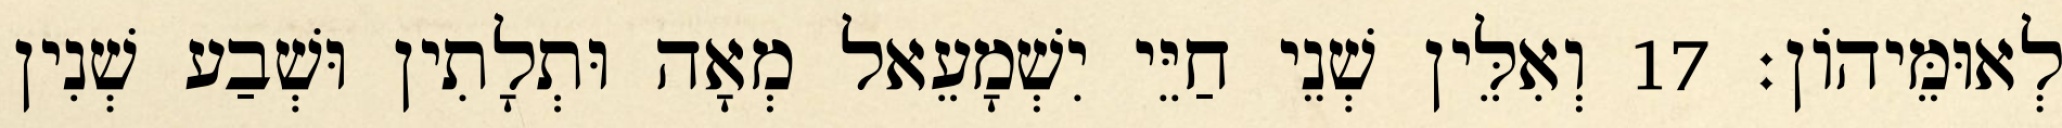
לְאוּמֵּיהוֹן׃ 17 וְאִלֵּין שְׁנֵי חַיֵּי יִשְׁמָעֵאל מְאָה וּתְלָתִין וּשְׁבַע שְׁנִין